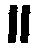
။